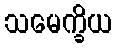
သမေက္ခိယ